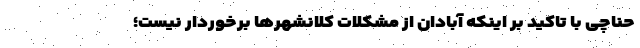
حناچی با تاکید بر اینکه آبادان از مشکلات کلانشهرها برخوردار نیست؛